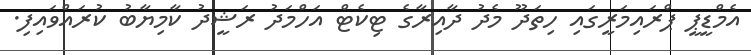
އެމްޑީޕީ ޕްރައިމަރީގައި ހިތަދޫ މެދު ދާއިރާގެ ޓިކެޓް އަހްމަދު ރަޝީދު ކާމިޔާބު ކުރައްވައިފި.